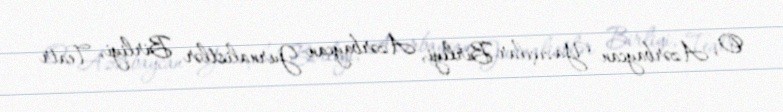
O, Azərbaycan Yazıçılar Birliyi, Azərbaycan Jurnalistlər Birliyi, Teatr